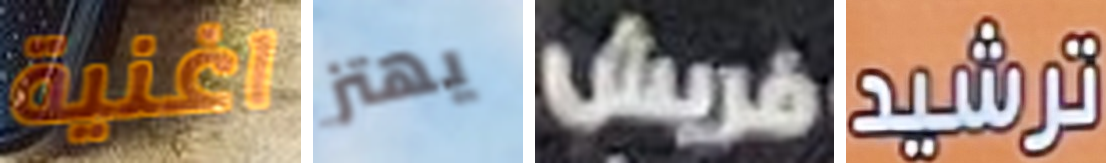
اغنية يهتز فريش ترشيد